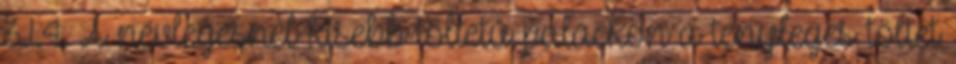
3.1.4. A névlegesnél kisebb töltetû palackon a tényleges töltet